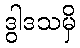
ဒွါဒသမှိ